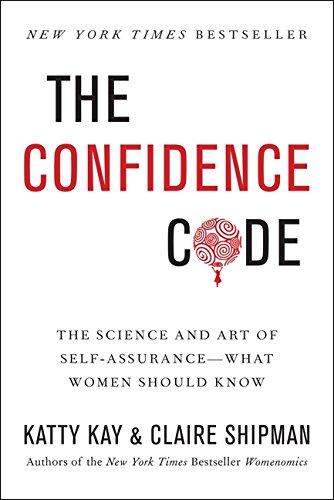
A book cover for The Confidence Code: The Science and Art of Self-Assurance---What Women Should Know; Katty Kay; Self-Help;